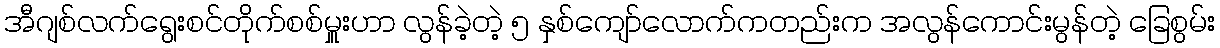
အီဂျစ်လက်ရွေးစင်တိုက်စစ်မှူးဟာ လွန်ခဲ့တဲ့ ၅ နှစ်ကျော်လောက်ကတည်းက အလွန်ကောင်းမွန်တဲ့ ခြေစွမ်း